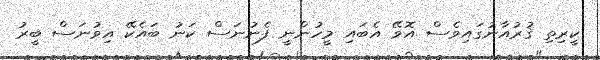
ކީރިތި ޤުރުއާނުގައިވެސް އޮވޭ އެބައި މީހުންނީ ފެނުނަސް ކަނު ބައެކޭ އިވުނަސް ބީރު